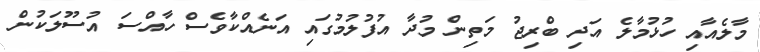
މާލެއާއި ހުޅުމާލެ އަދި ބްރިޖު މަތިން މުދާ އުފުލުމުގައި އަނެއްކާވެސް ހާއްސަ އުސޫލަކުން